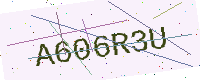
Text: A606R3U